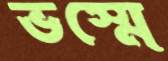
ভস্মে